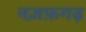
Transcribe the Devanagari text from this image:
नज़फ़गढ़